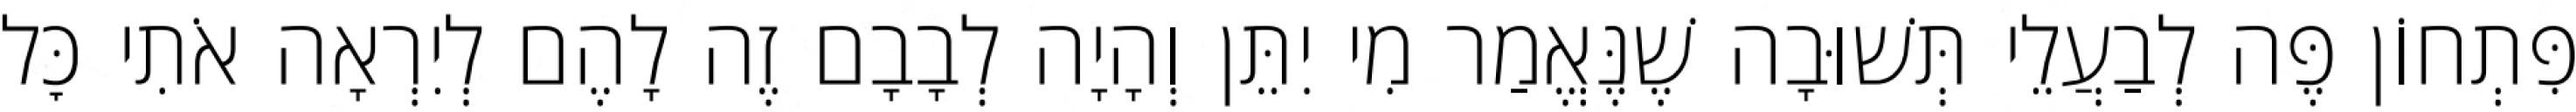
פִּתְחוֹן פֶּה לְבַעֲלֵי תְּשׁוּבָה שֶׁנֶּאֱמַר מִי יִתֵּן וְהָיָה לְבָבָם זֶה לָהֶם לְיִרְאָה אֹתִי כׇּל